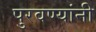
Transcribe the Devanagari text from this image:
पुरवण्यांनी